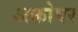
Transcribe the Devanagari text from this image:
अक्तोबर